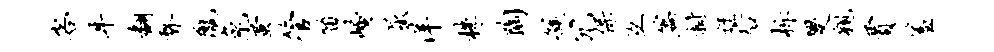
客牛翻瞀陇兔蚩管笛崦屈洋株陶簇冗保互篇拊迂後柝燮亲贾羞